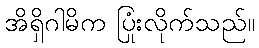
အိရှိဂါမိက ပြုံးလိုက်သည်။